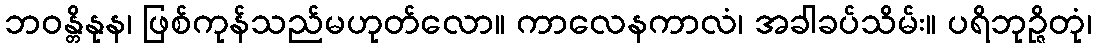
ဘဝန္တိနုန၊ ဖြစ်ကုန်သည်မဟုတ်လော။ ကာလေနကာလံ၊ အခါခပ်သိမ်း။ ပရိဘုဉ္ဇိတုံ၊